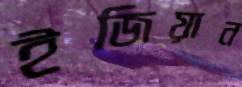
ইজিয়ান